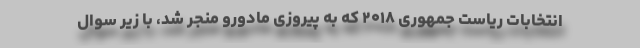
انتخابات ریاست جمهوری ۲۰۱۸ که به پیروزی مادورو منجر شد، با زیر سوال